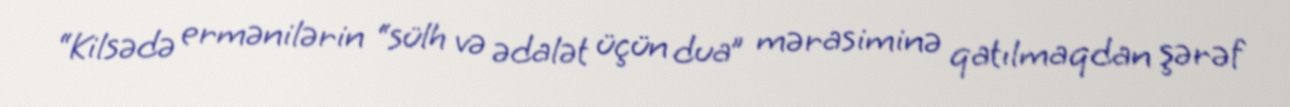
“Kilsədə ermənilərin “sülh və ədalət üçün dua” mərasiminə qatılmaqdan şərəf